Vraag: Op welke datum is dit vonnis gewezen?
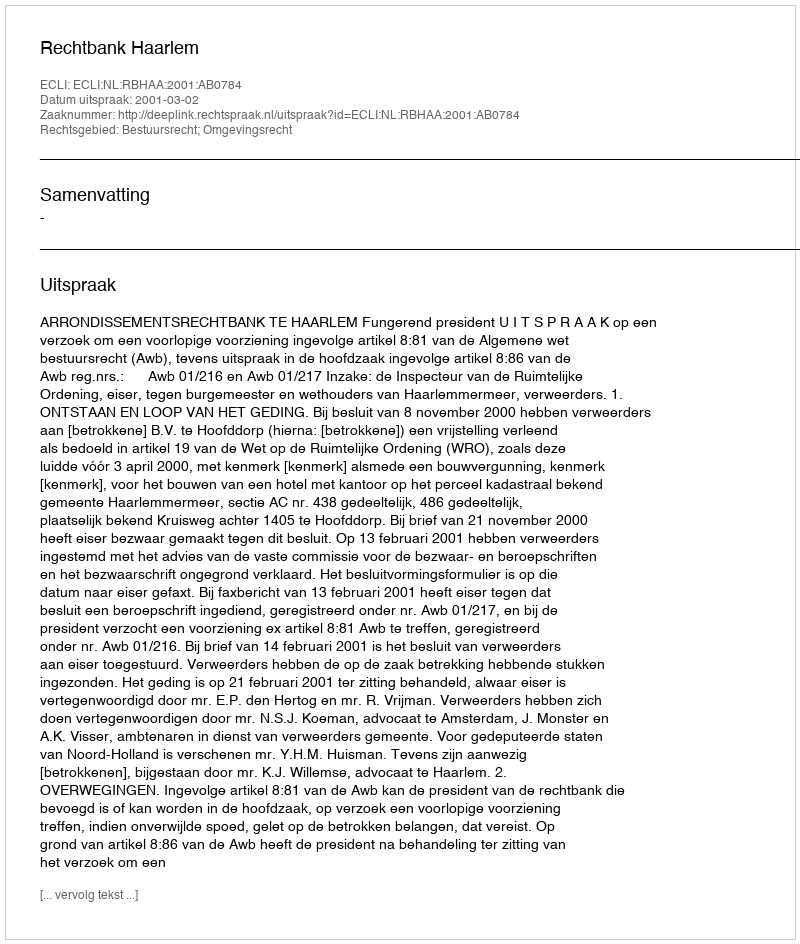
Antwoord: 2001-03-02